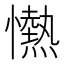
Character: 𢤢